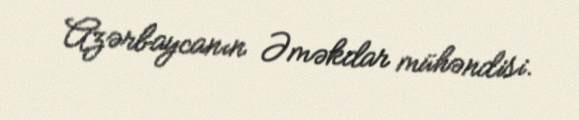
Azərbaycanın Əməkdar mühəndisi.